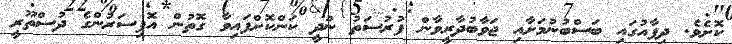
ކޮށެވެ. ދިފާއުގައި ބަސްބުނުމަށާއި ޖަވާބުދާރީވާން ފުރުސަތު ނުދީ ކަންކޮށްފައިވާ ގޮތުން އޮފިސަރުންގެ ދުސްތޫރީ